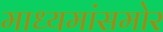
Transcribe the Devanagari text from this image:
माध्यमांसमोर